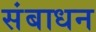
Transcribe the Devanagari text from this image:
संबाधन